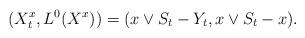
LaTeX: \begin{align*}(X^x_t, L^0(X^x))\overset{}{=}(x\vee S_t-Y_t,x\vee S_t-x).\end{align*}